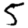
Digit: 5